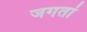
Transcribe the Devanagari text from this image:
जगतां